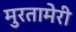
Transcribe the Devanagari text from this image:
मुरतामेरी